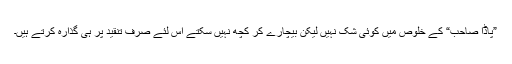
”پاڈا صاحب“ کے خلوص میں کوئی شک نہیں لیکن بیچارے کر کچھ نہیں سکتے اس لئے صرف تنقید پر ہی گذارہ کرتے ہیں۔